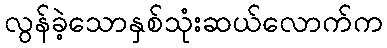
လွန်ခဲ့သောနှစ်သုံးဆယ်လောက်က